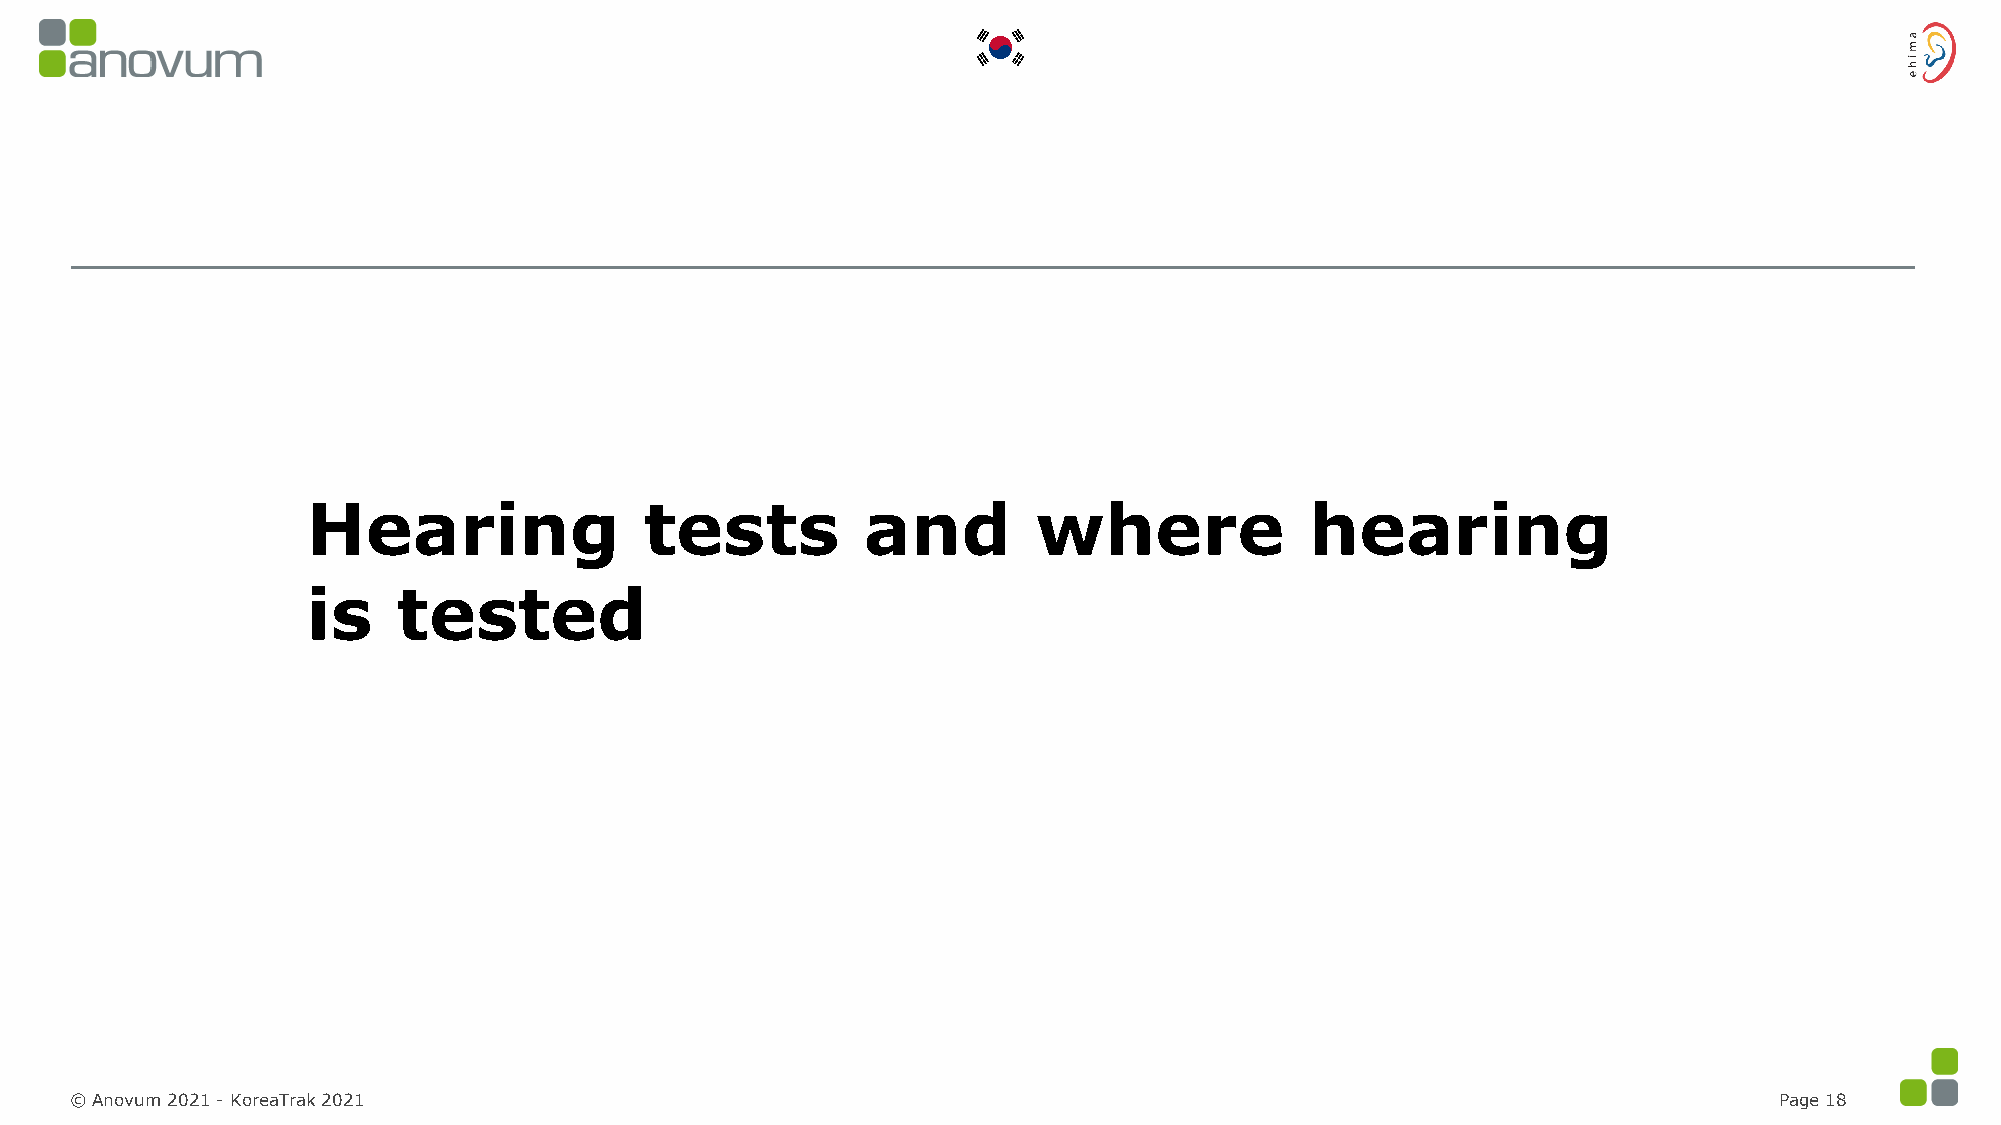
Hearing                tests         and         where             hearing
 is    tested
 © Anovum 2021 -KoreaTrak 2021                                                                                    Page 18